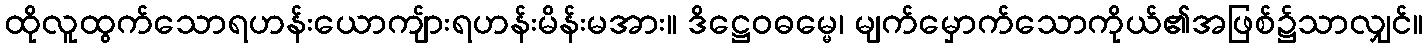
ထိုလူထွက်သောရဟန်းယောကျ်ားရဟန်းမိန်းမအား။ ဒိဋ္ဌေဝဓမ္မေ၊ မျက်မှောက်သောကိုယ်၏အဖြစ်၌သာလျှင်။